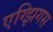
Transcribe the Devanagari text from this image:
एग्झिगस